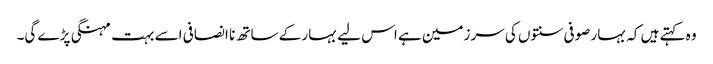
وہ کہتے ہیں کہ بہار صوفی سنتوں کی سرزمین ہے اس لیے بہار کے ساتھ نا انصافی اسے بہت مہنگی پڑے گی۔